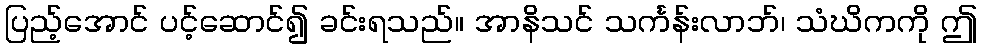
ပြည့်အောင် ပင့်ဆောင်၍ ခင်းရသည်။ အာနိသင် သင်္ကန်းလာဘ်၊ သံဃိကကို ဤ